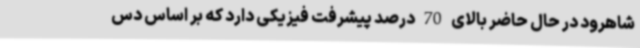
شاهرود در حال حاضر بالای 70 درصد پیشرفت فیزیکی دارد که بر اساس دس